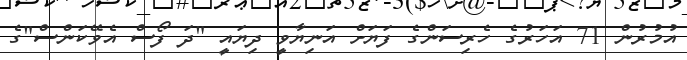
އުމުރުން 71 އަހަރުގެ ހެރިސަންގެ ފަޔަށް އަނިޔާވީ ދިޔައީ "ދަ ފޯސް އެވޭކަންސް"ގެ